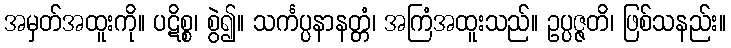
အမှတ်အထူးကို။ ပဋိစ္စ၊ စွဲ၍။ သင်္ကပ္ပနာနတ္တံ၊ အကြံအထူးသည်။ ဥပ္ပဇ္ဇတိ၊ ဖြစ်သနည်း။